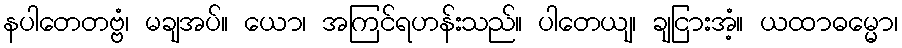
နပါတေတဗ္ဗံ၊ မချအပ်။ ယော၊ အကြင်ရဟန်းသည်။ ပါတေယျ၊ ချငြားအံ့။ ယထာဓမ္မော၊